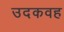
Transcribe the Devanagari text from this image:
उदकवह